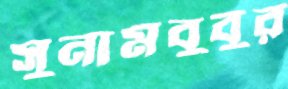
সুনামবুবুর